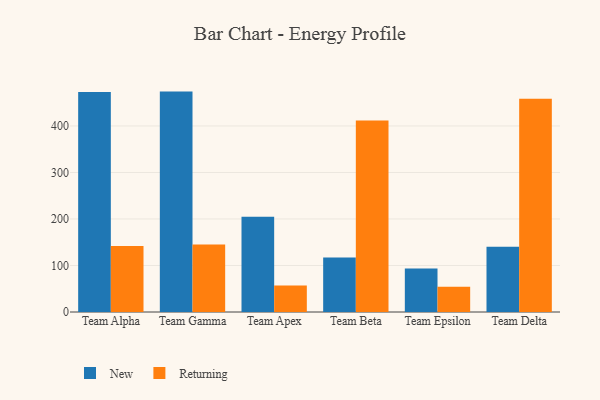
{"axis": {"x": "Team", "y": "Headcount"}, "legend": ["New", "Returning"], "data": [{"x": "Team Alpha", "y": 472.9, "type": "New"}, {"x": "Team Alpha", "y": 141.9, "type": "Returning"}, {"x": "Team Gamma", "y": 473.9, "type": "New"}, {"x": "Team Gamma", "y": 145.1, "type": "Returning"}, {"x": "Team Apex", "y": 204.7, "type": "New"}, {"x": "Team Apex", "y": 57.2, "type": "Returning"}, {"x": "Team Beta", "y": 117.0, "type": "New"}, {"x": "Team Beta", "y": 411.6, "type": "Returning"}, {"x": "Team Epsilon", "y": 93.8, "type": "New"}, {"x": "Team Epsilon", "y": 54.3, "type": "Returning"}, {"x": "Team Delta", "y": 140.4, "type": "New"}, {"x": "Team Delta", "y": 458.4, "type": "Returning"}]}